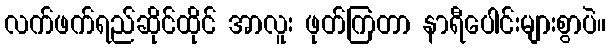
လက်ဖက်ရည်ဆိုင်ထိုင် အာလူး ဖုတ်ကြတာ နာရီပေါင်းများစွာပဲ။